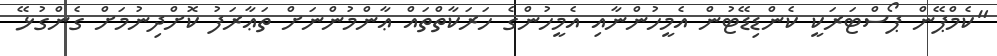
"ކެމްޕޭން ޕޯސްޓަރަކީ ކެންޑިޑޭޓުން އެމީހުންނާއި އެމީހުންގެ ހަރަކާތްތައް ޢާންމުންނަށް ތަޢާރަފު ކޮށްދިނުމަށް ގެންގުޅޭ